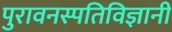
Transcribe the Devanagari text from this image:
पुरावनस्पतिविज्ञानी